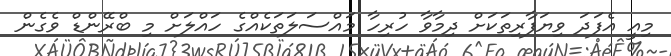
މިއީ އެފަދަ ވިޔަފާރިތަކަށް ދިމާވާ ހުރިހާ މައްސަލަތަކެއްގެ ހައްލަށް މި ބްރޭންޑް ވެގެން